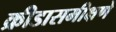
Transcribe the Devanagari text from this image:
क्रीडासमीक्षणे